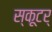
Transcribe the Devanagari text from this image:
स्कूटर्